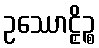
ဥဿောဠှိဉ္စ